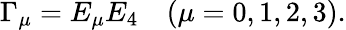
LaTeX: \Gamma_{\mu}=E_{\mu}E_{4}\, \, \, \, \, \, (\mu=0,1,2,3).